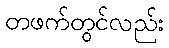
တဖက်တွင်လည်း